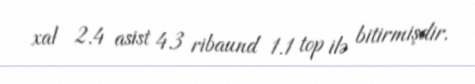
xal 2.4 asist 4.3 ribaund 1.1 top ilə bitirmişdir.